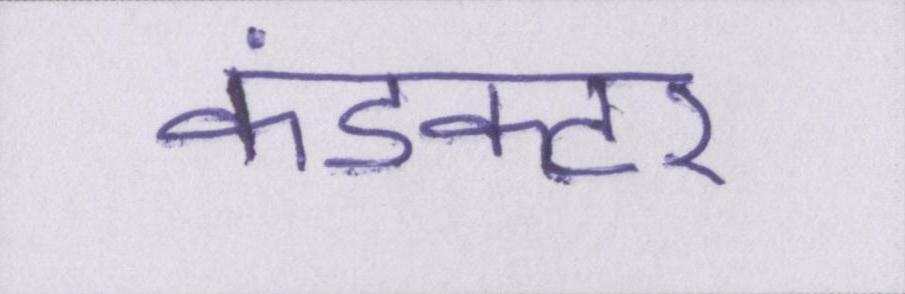
कंडक्टर